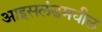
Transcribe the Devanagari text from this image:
आइसलंडमधील